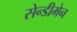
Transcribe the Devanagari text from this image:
सेन्डीमेन